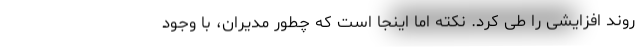
روند افزایشی را طی کرد. نکته اما اینجا است که چطور مدیران، با وجود